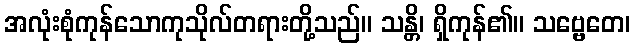
အလုံးစုံကုန်သောကုသိုလ်တရားတို့သည်။ သန္တိ၊ ရှိကုန်၏။ သဗ္ဗေတေ၊